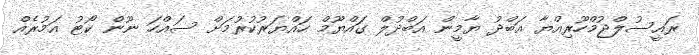
ރައީސުލްޖުމްހޫރިއްޔާ އަބްދު ޔާމީން އަބްދުލް ގައްޔޫމް ހައްޔަރުކުރުމަށް ސައްހަ ނޫން ކޯޓު އަމުރެއް